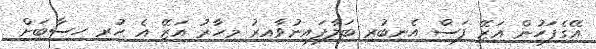
އޭގެފަހުން އަޒޭ ފަސް އެނބުރި ބަލާފައިނުވާއިރު މިހާރު އަޒޭ އެ ހުރި ހިސާބަށް